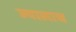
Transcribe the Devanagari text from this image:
ज्यालाच